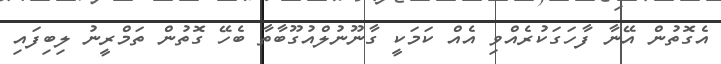
އެގޮތުން އޭނާ ފާހަގަކުރެއްވި އެއް ކަމަކީ ގާނޫނުލްއުގޫބާތާ ބެހޭ ގޮތުން ތަމްރީނު ލިބިފައި